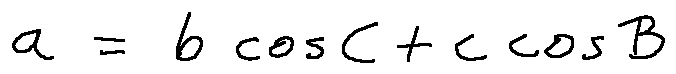
a = b \cos C + c \cos B